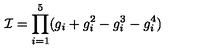
{ \cal I } = \prod _ { i = 1 } ^ { 5 } ( g _ { i } + g _ { i } ^ { 2 } - g _ { i } ^ { 3 } - g _ { i } ^ { 4 } )